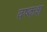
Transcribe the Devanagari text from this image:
वष्कश